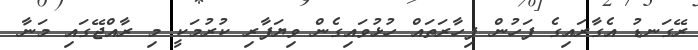
ރޭގަނޑު އެގާރައިގެ ފަހުން ފިހާރަތައް ހުޅުވައިގެން ވިޔަފާރި ކުރުމަކީ މި ރާއްޖޭގައި މަނާ